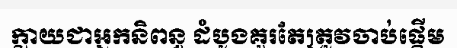
ក្លាយជាអ្នកនិពន្ធ ដំបូងគួរតែត្រូវចាប់ផ្តើម